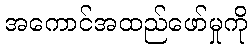
အကောင်အထည်ဖော်မှုကို